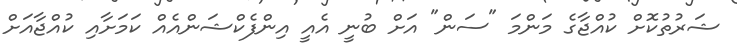
ޝަރުތުކޮށް ކުއްޖާގެ މަންމަ "ސަން" އަށް ބުނީ އެއީ އިންފެކްޝަންއެއް ކަމަށާއި ކުއްޖާއަށް